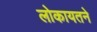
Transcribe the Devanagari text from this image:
लोकायतने